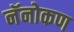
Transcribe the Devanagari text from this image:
नॅनोकण